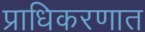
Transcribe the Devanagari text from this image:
प्राधिकरणात